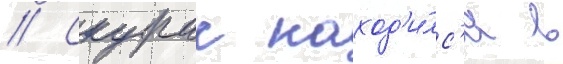
// Скурас наход'и́лс'я в